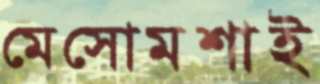
মেসোমশাই